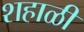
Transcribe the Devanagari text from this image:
शहाळी